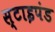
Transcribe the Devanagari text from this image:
स्टाइपंड